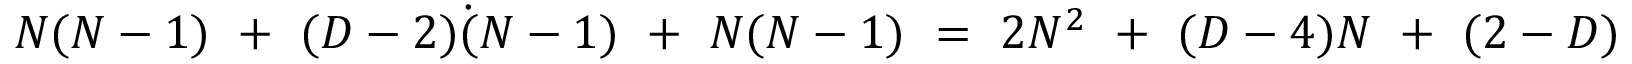
N ( N - 1 ) \ + \ ( D - 2 ) \dot { ( } N - 1 ) \ + \ N ( N - 1 ) \ = \ 2 N ^ { 2 } \ + \ ( D - 4 ) N \ + \ ( 2 - D )